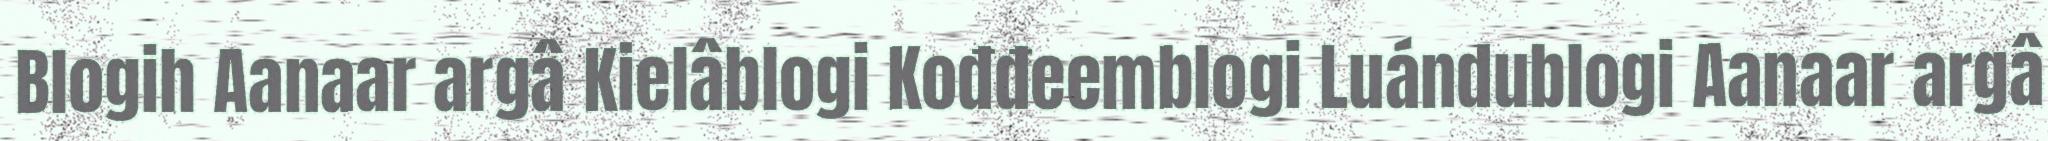
Blogih Aanaar argâ Kielâblogi Kođđeemblogi Luándublogi Aanaar argâ